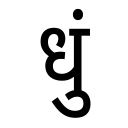
OCR:
धुं